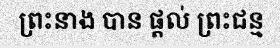
ព្រះនាង បាន ផ្តល់ ព្រះជន្ម